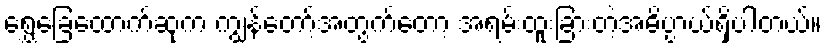
ရွှေခြေထောက်ဆုက ကျွန်တော့်အတွက်တော့ အရမ်းထူးခြားတဲ့အဓိပ္ပာယ်ရှိပါတယ်။